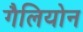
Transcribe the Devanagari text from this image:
गैलियोन